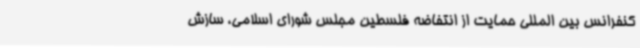
کنفرانس بین المللی حمایت از انتفاضه فلسطین مجلس شورای اسلامی، سازش